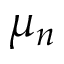
\mu _ { n }